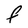
Character: F